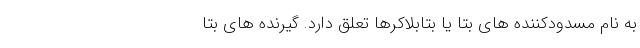
به نام مسدودکننده های بتا یا بتابلاکرها تعلق دارد. گیرنده های بتا